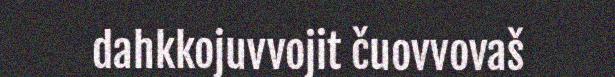
dahkkojuvvojit čuovvovaš